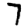
Digit: 7